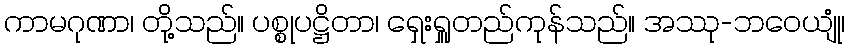
ကာမဂုဏာ၊ တို့သည်။ ပစ္စုပဋ္ဌိတာ၊ ရှေးရှူတည်ကုန်သည်။ အဿု-ဘဝေယျုံ၊